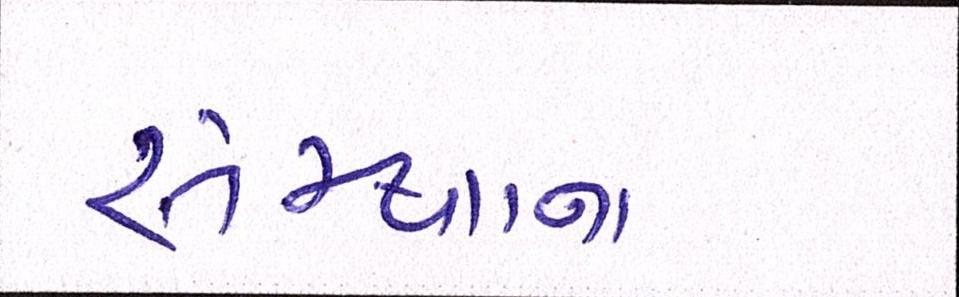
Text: સંસ્થાના